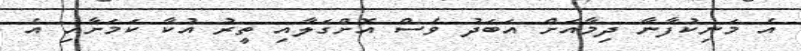
އެ މަނިކުފާނާ ދިމާއަށް އަބަދު ވެސް އޮށްގަލާއި ތީރު އުކާ ކަމަށާއި އެ